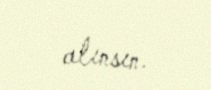
alınsın.